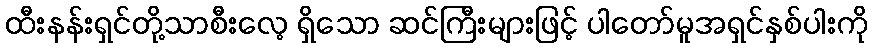
ထီးနန်းရှင်တို့သာစီးလေ့ ရှိသော ဆင်ကြီးများဖြင့် ပါတော်မူအရှင်နှစ်ပါးကို